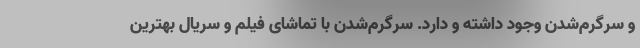
و سرگرم‌شدن وجود داشته و دارد. سرگرم‌شدن با تماشای فیلم و سریال بهترین